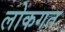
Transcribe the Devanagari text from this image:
लोकगत